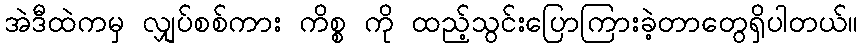
အဲဒီထဲကမှ လျှပ်စစ်ကား ကိစ္စ ကို ထည့်သွင်းပြောကြားခဲ့တာတွေရှိပါတယ်။